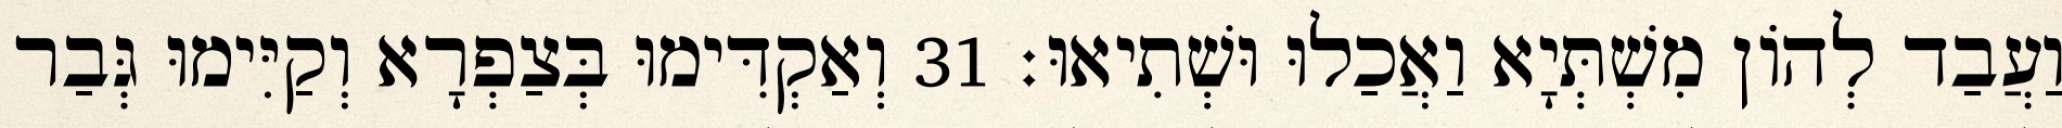
וַעֲבַד לְהוֹן מִשְׁתְּיָא וַאֲכַלוּ וּשְׁתִיאוּ׃ 31 וְאַקְדִּימוּ בְּצַפְרָא וְקַיִּימוּ גְּבַר